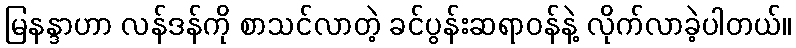
မြနန္ဒာဟာ လန်ဒန်ကို စာသင်လာတဲ့ ခင်ပွန်းဆရာဝန်နဲ့ လိုက်လာခဲ့ပါတယ်။